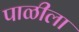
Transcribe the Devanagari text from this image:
पाळीला